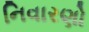
નિવારણો